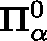
\mathbf { \Pi } _ { \alpha } ^ { 0 }